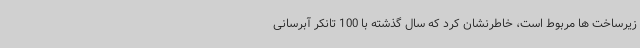
زیرساخت ها مربوط است، خاطرنشان کرد که سال گذشته با 100 تانکر آبرسانی